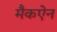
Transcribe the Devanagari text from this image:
मैकऐन